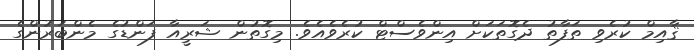
ޤާއިމް ކުރެވި ތަފާތު ދެގޮތަކަށް އިންވެސްޓް ކުރެވެއެވެ. މިގޮތުން ޝަރީއާ ފަންޑުގެ މެންބަރުންގެ